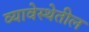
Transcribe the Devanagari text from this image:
व्यावेस्थेतील